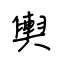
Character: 輿